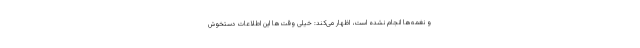
و نغمه‌ها انجام نشده است، اظهار می‌کند: خیلی وقت‌ها این اطلاعات دستخوش